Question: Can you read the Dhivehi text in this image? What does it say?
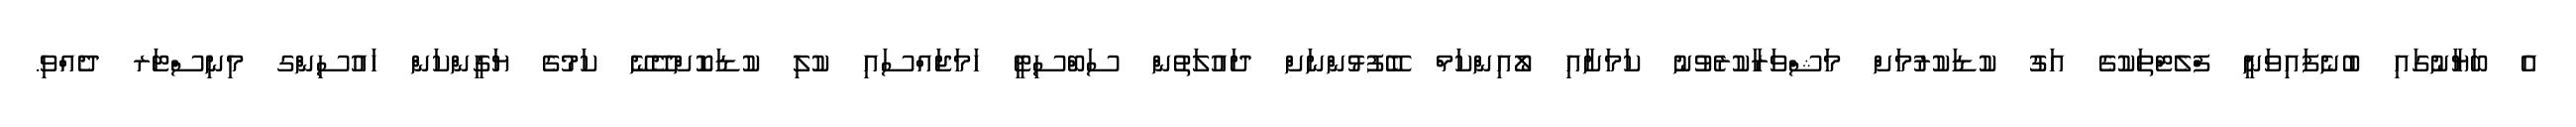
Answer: އެ ބަޔާނުގައި ބުނެފައިވަނީ ފްލެޓްތަކުގެ އަގު ކުޑަކުރުމަށް މަޝްވަރާކުރެވުނު ކަމަށާއި ލޯއިންކަމް ބޭފުޅުންނަށް ދައުލަތުން ސަބްސިޓީ ހަމަޖައްސައި ކުލި ކުޑަކޮށްދޭނޭ ކަމުގެ ޔަގީންކަން ހައުސިންގ މިނިސްޓަރ ދެއްވި.